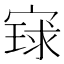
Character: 𫳰